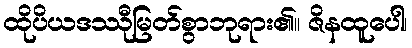
ထိုပိယဒဿီုမြတ်စွာဘုရား၏။ ဇိနထူပေါ၊